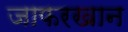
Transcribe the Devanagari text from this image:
जाफरखान